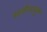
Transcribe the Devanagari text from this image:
सर्वोपयुक्त